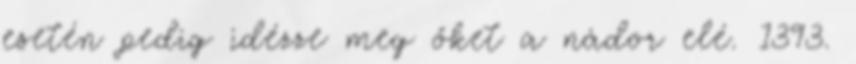
esetén pedig idézze meg őket a nádor elé. 1393.